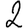
Digit: 2